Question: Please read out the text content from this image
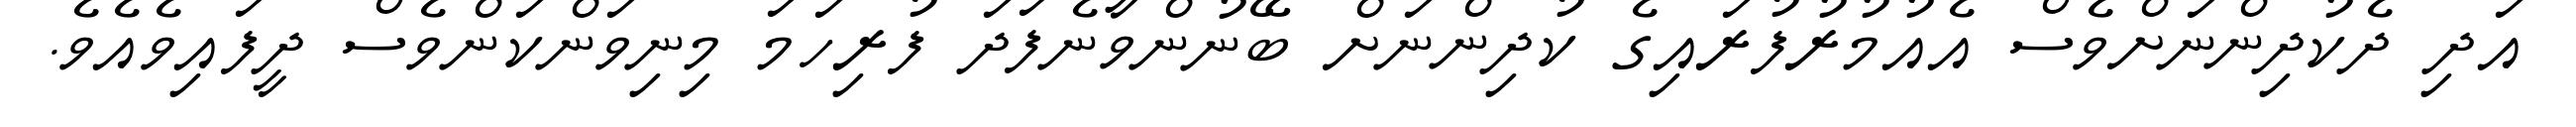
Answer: އަދި ދެކުދިންނަށްވެސް އެއުމުރުފުރައިގެ ކުދިންނަށް ބޭނުންވާނެފަދަ ފުރިހަމަ މިނިވަންކަންވެސް ދީފައިވެއެވެ.